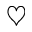
\heartsuit